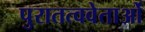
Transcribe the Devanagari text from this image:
पुरातत्ववेताओं